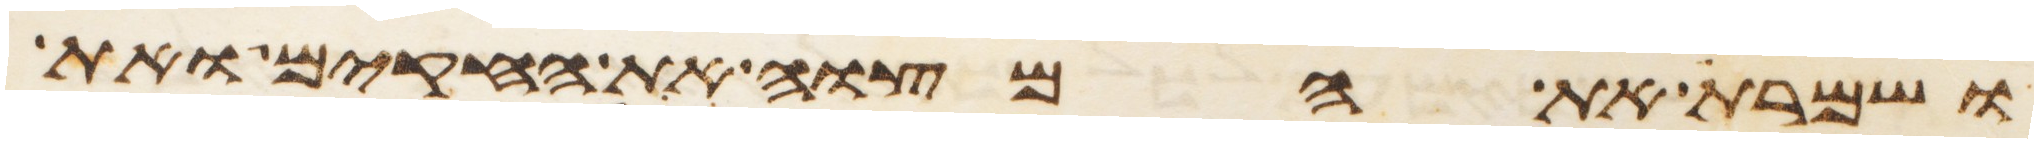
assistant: ושמרת את המצוה את החקים ואת